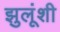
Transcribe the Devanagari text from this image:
झुलूंशी